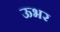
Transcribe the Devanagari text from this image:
ऊभर